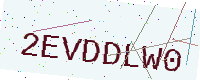
Text: 2EVDDLW0